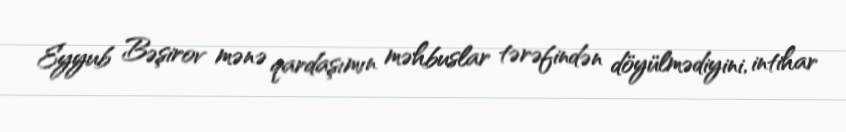
Eyyub Bəşirov mənə qardaşımın məhbuslar tərəfindən döyülmədiyini, intihar